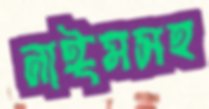
নাঈমসহ